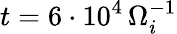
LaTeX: t=6\cdot 10^{4}\, \Omega_{i}^{-1}